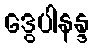
ဒွေပါနန္ဒ